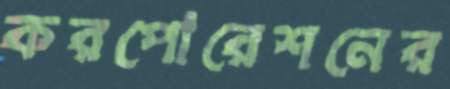
করপোরেশনের